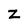
Character: Z